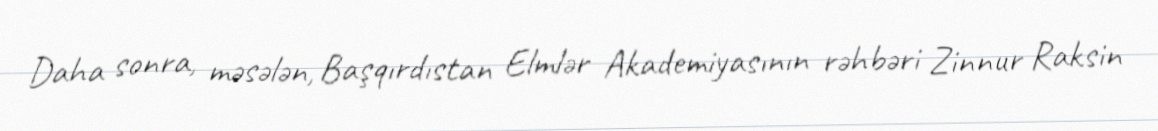
Daha sonra, məsələn, Başqırdıstan Elmlər Akademiyasının rəhbəri Zinnur Raksin